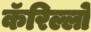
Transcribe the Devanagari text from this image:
कॅरिल्लो